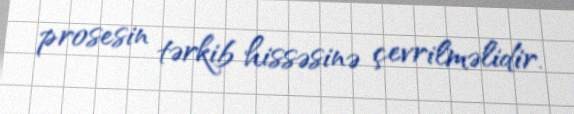
prosesin tərkib hissəsinə çevrilməlidir.